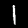
Digit: 1